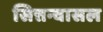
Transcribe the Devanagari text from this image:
सित्तन्वासल